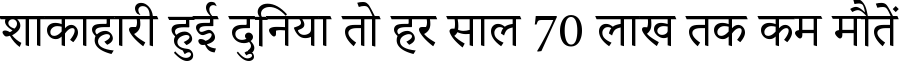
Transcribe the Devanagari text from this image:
शाकाहारी हुई दुनिया तो हर साल 70 लाख तक कम मौतें